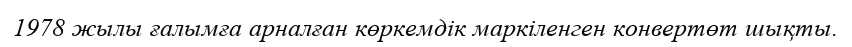
1978 жылы ғалымға арналған көркемдік маркіленген конвертөт шықты.